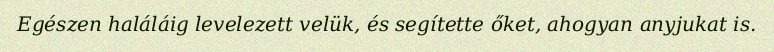
Egészen haláláig levelezett velük, és segítette őket, ahogyan anyjukat is.